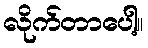
လိုက်တာပေါ့။